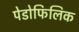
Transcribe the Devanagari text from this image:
पेडोफिलिक